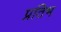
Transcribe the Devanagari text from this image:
प्रतिभ